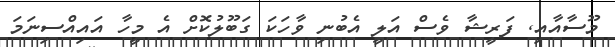
މޫސާއާއި